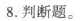
8.判断题。